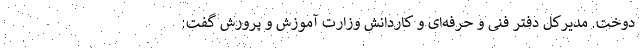
دوخت. مدیرکل دفتر فنی و حرفه‌ای و کاردانش وزارت آموزش و پرورش گفت: